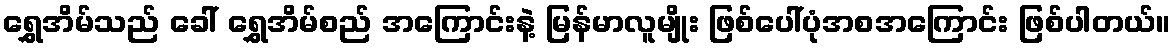
ရွှေအိမ်သည် ခေါ် ရွှေအိမ်စည် အကြောင်းနဲ့ မြန်မာလူမျိုး ဖြစ်ပေါ်ပုံအစအကြောင်း ဖြစ်ပါတယ်။